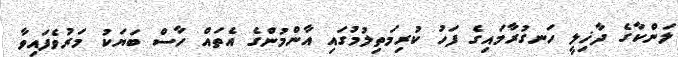
ލަންކާގެ ދާޚިލީ ހަނގުރާމައިގެ ފަހު ކުރިމަތިލުމުގައި އާންމުންގެ އެތައް ހާސް ބަޔަކު މަރުވެފައިވާ